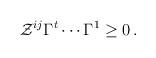
LaTeX: \begin{align*}\mathcal{Z}^{ij}\Gamma ^t \cdots \Gamma ^1 \geq 0\,. \end{align*}